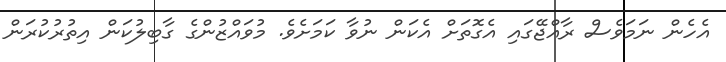
އެހެން ނަަމަވެސް ރާއްޖޭގައި އެގޮތަށް އެކަން ނުވާ ކަމަށެވެ. މުވައްޒުންގެ ގާބިލުކަަން އިތުރުކުރަން